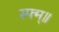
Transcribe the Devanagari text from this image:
स्फ्म्॥